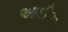
આઈઝ